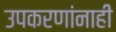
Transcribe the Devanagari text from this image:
उपकरणांनाही